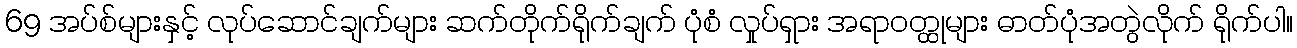
69 အပ်စ်များနှင့် လုပ်ဆောင်ချက်များ ဆက်တိုက်ရိုက်ချက် ပုံစံ လှုပ်ရှား အရာဝတ္ထုများ ဓာတ်ပုံအတွဲလိုက် ရိုက်ပါ။